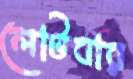
লোটবার